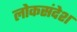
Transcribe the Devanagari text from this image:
लोकसंदेश